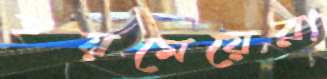
হয়মেয়েরা